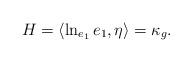
LaTeX: \begin{align*} H=\langle\ln_{e_1}e_1, \eta\rangle=\kappa_ g.\end{align*}